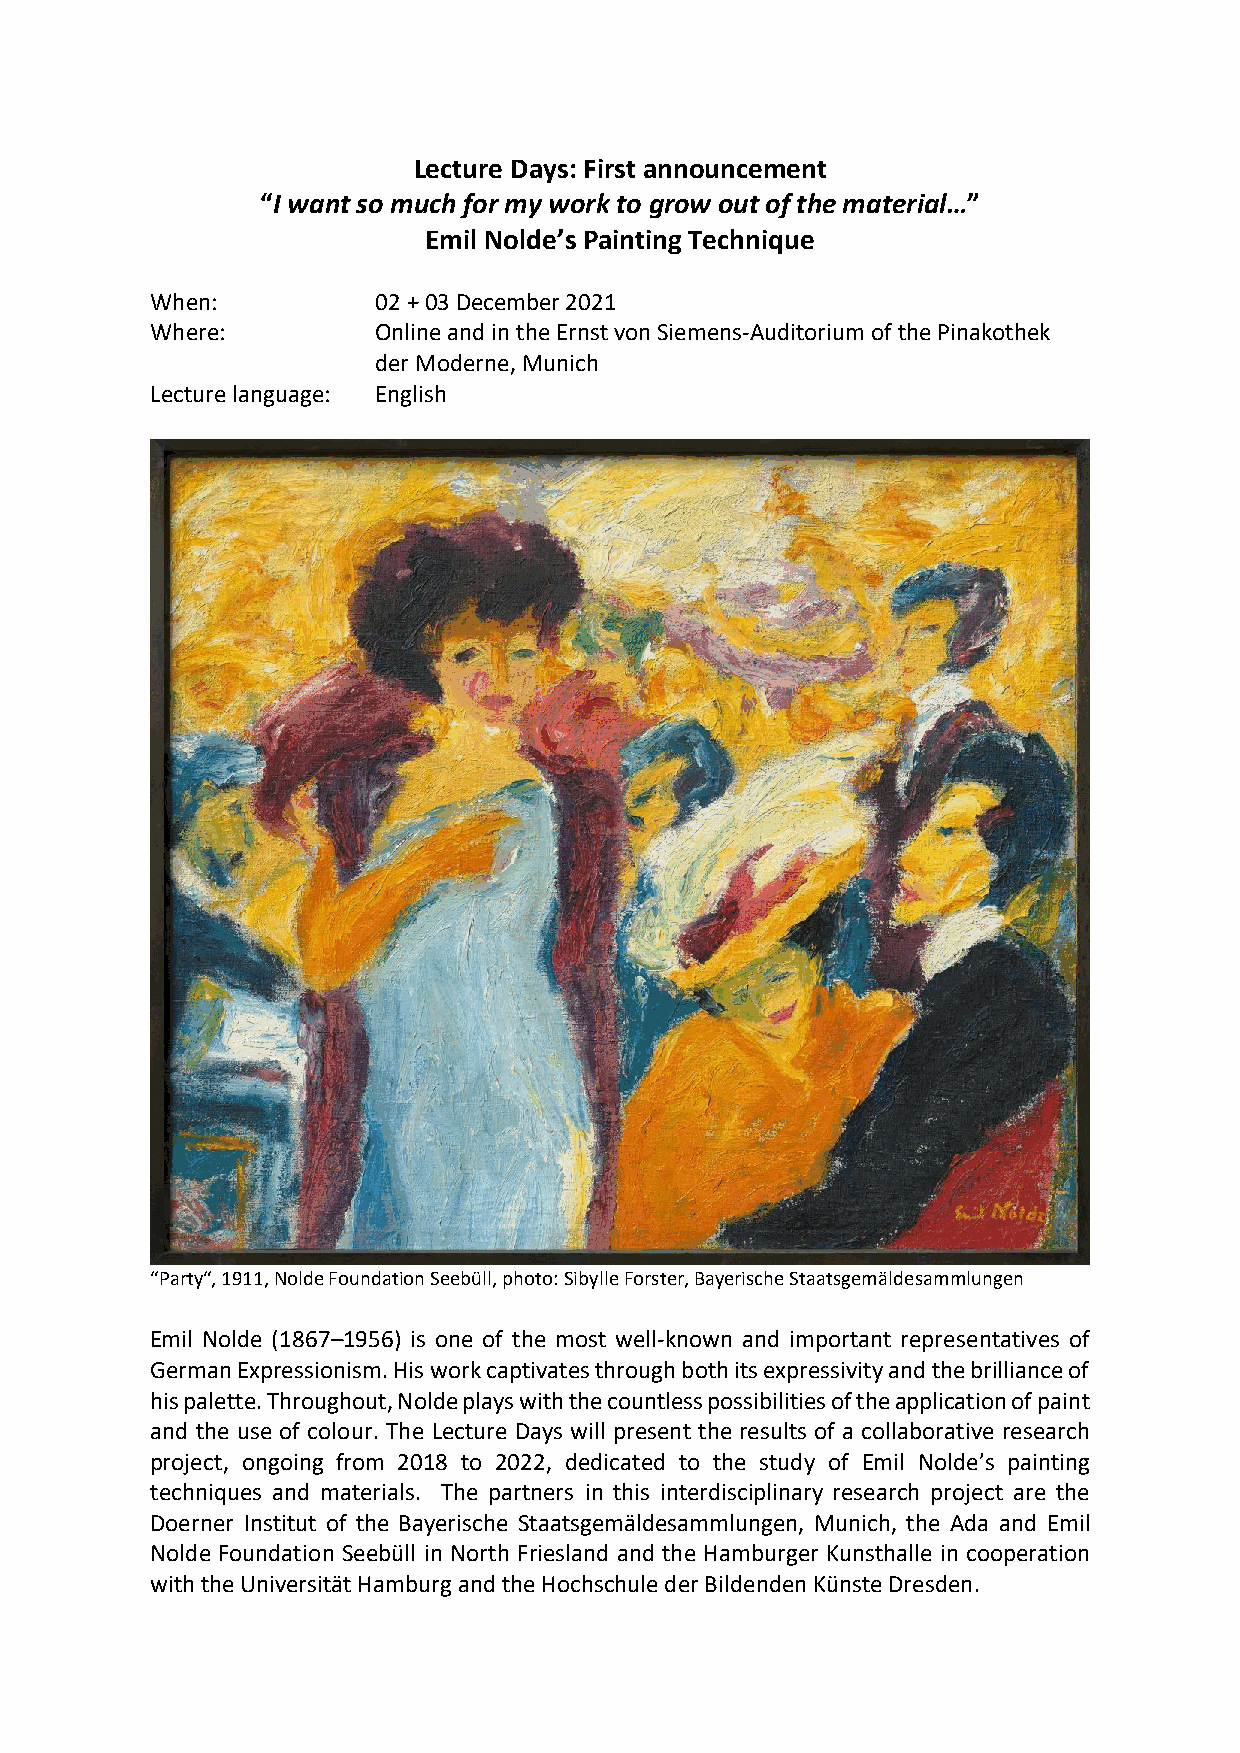
Lecture Days: First announcement
 “I want so much for my work to grow out of the material…”
 Emil Nolde’s Painting Technique
 When:          02 + 03 December 2021
 Where:         Online and in the Ernst von Siemens-Auditorium of the Pinakothek
 der Moderne, Munich
 Lecture language: English
 “Party“, 1911, Nolde Foundation Seebüll, photo: Sibylle Forster, Bayerische Staatsgemäldesammlungen
 Emil Nolde (1867–1956) is one of the most well-known and important representatives of
 German Expressionism. His work captivates through both its expressivity and the brilliance of
 his palette. Throughout, Nolde plays with the countless possibilities of the application of paint
 and the use of colour. The Lecture Days will present the results of a collaborative research
 project, ongoing from 2018 to 2022, dedicated to the study of Emil Nolde’s painting
 techniques and materials. The partners in this interdisciplinary research project are the
 Doerner Institut of the Bayerische Staatsgemäldesammlungen, Munich, the Ada and Emil
 Nolde Foundation Seebüll in North Friesland and the Hamburger Kunsthalle in cooperation
 with the Universität Hamburg and the Hochschule der Bildenden Künste Dresden.